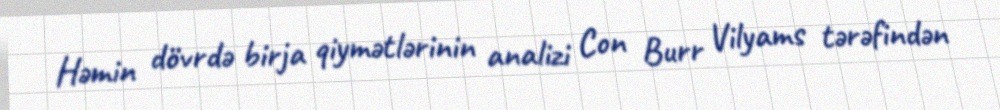
Həmin dövrdə birja qiymətlərinin analizi Con Burr Vilyams tərəfindən